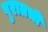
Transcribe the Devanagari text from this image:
पुरातची